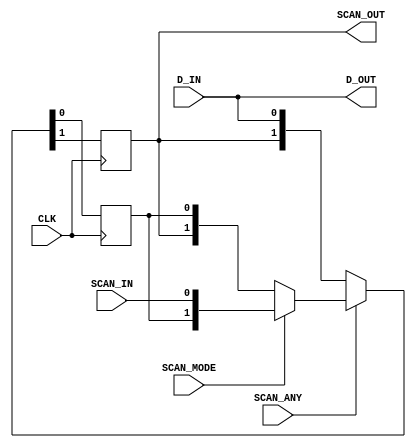

`ifdef BSV_ASSIGNMENT_DELAY
`else
`define BSV_ASSIGNMENT_DELAY
`endif

module ScanIn(CLK, D_IN, D_OUT, SCAN_IN, SCAN_OUT, SCAN_MODE, SCAN_ANY) ;
   parameter width = 1;
   parameter SCAN_WIDTH = 1;

   input                        CLK;
   input  [width - 1 : 0]       D_IN;
   output [width - 1 : 0] 	D_OUT;
   input  [(SCAN_WIDTH - 1):0]  SCAN_IN ; 
   output [(SCAN_WIDTH - 1):0]  SCAN_OUT ; 
   input 			SCAN_MODE ; 
   input 			SCAN_ANY ; 
   reg [width - 1 : 0] 	        Q;
   reg [(SCAN_WIDTH - 1):0] 	_SCAN ; 

   always @(posedge CLK)
     begin
        {_SCAN,Q} <=  `BSV_ASSIGNMENT_DELAY (!SCAN_ANY) ? {_SCAN, D_IN} : ((SCAN_MODE) ? {Q,SCAN_IN} :  {_SCAN,Q});
     end // always @(posedge CLK)
   assign SCAN_OUT = _SCAN ;
   assign D_OUT    = D_IN;
   
endmodule